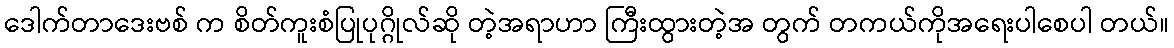
ဒေါက်တာဒေးဗစ် က စိတ်ကူးစံပြုပုဂ္ဂိုလ်ဆို တဲ့အရာဟာ ကြီးထွားတဲ့အ တွက် တကယ်ကိုအရေးပါစေပါ တယ်။